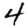
Digit: 4